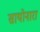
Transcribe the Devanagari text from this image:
सायोनारा